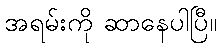
အရမ်းကို ဆာနေပါပြီ။